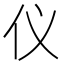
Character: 仪